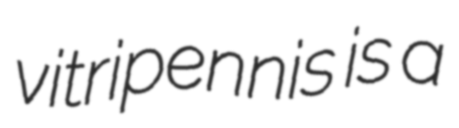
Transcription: vitripennis is a